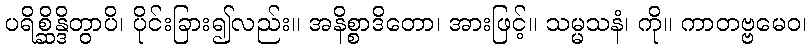
ပရိစ္ဆိန္ဒိတွာပိ၊ ပိုင်းခြား၍လည်း။ အနိစ္စာဒိတော၊ အားဖြင့်။ သမ္မသနံ၊ ကို။ ကာတဗ္ဗမေဝ၊